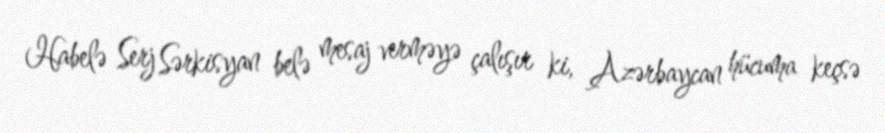
Habelə Serj Sərkisyan belə mesaj verməyə çalışır ki, Azərbaycan hücuma keçsə